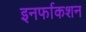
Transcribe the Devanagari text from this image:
इनर्फाकशन